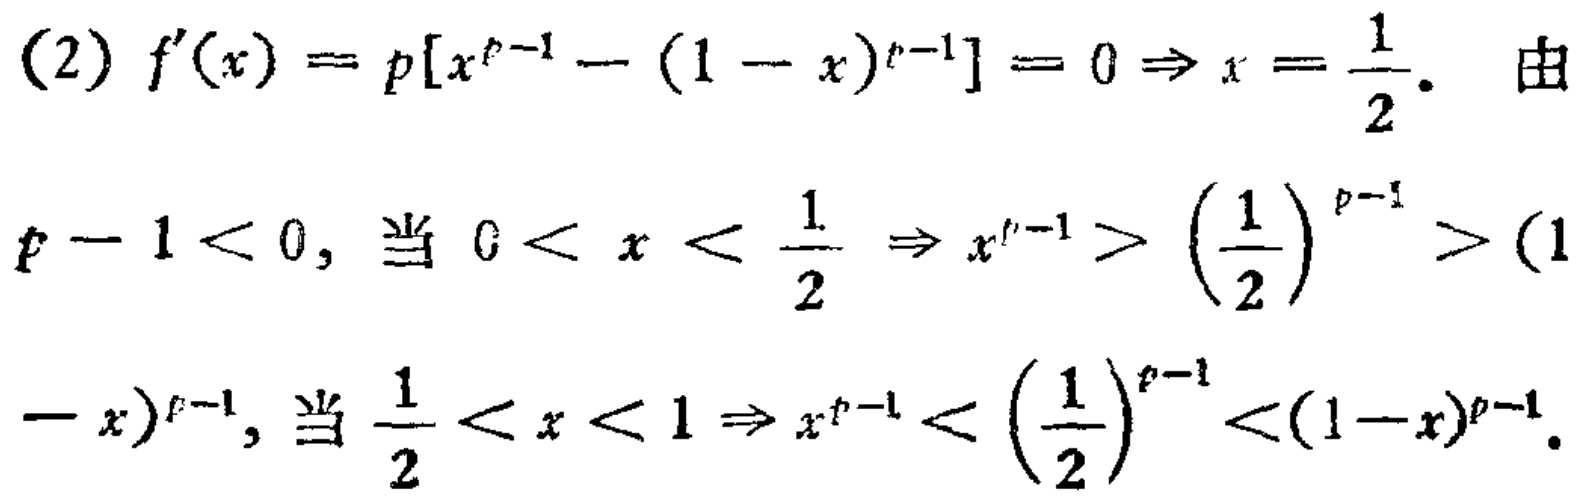
(2) \(f^{\prime}(x)=p\left[x^{p - 1}-(1 - x)^{p - 1}\right]=0\Rightarrow x=\frac{1}{2}\). 由
\(p - 1<0\), 当 \(0<x<\frac{1}{2}\Rightarrow x^{p - 1}>\left(\frac{1}{2}\right)^{p - 1}>(1\)
\(-x)^{p - 1}\), 当 \(\frac{1}{2}<x<1\Rightarrow x^{p - 1}<\left(\frac{1}{2}\right)^{p - 1}<(1 - x)^{p - 1}\).